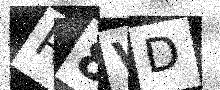
Text: R8VD